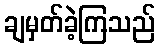
ချမှတ်ခဲ့ကြသည်